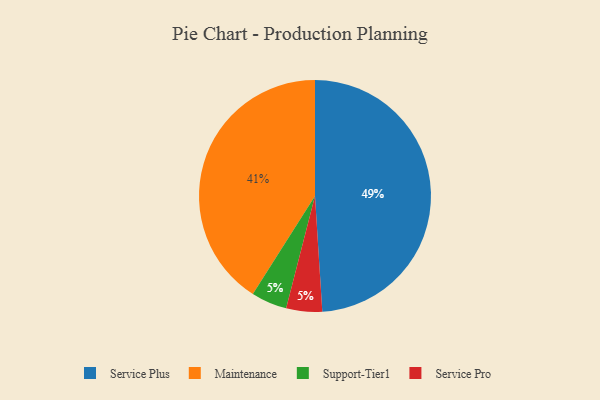
{"axis": {"x": "Category", "y": "Percentage"}, "legend": ["Maintenance", "Service Plus", "Service Pro", "Support-Tier1"], "data": [{"x": "Service Plus", "y": 49, "type": "Service Plus"}, {"x": "Support-Tier1", "y": 5, "type": "Support-Tier1"}, {"x": "Maintenance", "y": 41, "type": "Maintenance"}, {"x": "Service Pro", "y": 5, "type": "Service Pro"}]}